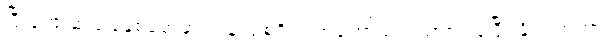
ပြီးခဲ့တဲ့ ဆယ်စုနှစ်တွေမှာ ကုန်ကျစရိတ် အတော်သက်သာလာခဲ့ပြီး နိုင်ငံတကာ